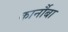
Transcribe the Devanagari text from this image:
कार्नौबा